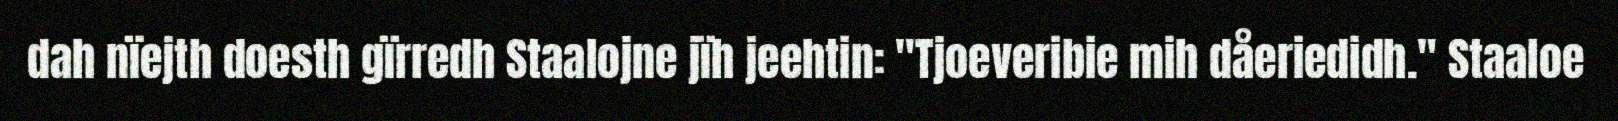
dah nïejth doesth gïrredh Staalojne jïh jeehtin: "Tjoeveribie mih dåeriedidh." Staaloe